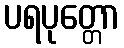
ပရပုတ္တော